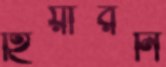
হিয়ারনি